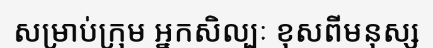
សម្រាប់ក្រុម អ្នកសិល្បៈ ខុសពីមនុស្ស